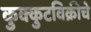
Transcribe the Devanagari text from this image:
कुक्कुटविक्रीचे